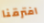
افترقنا